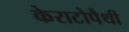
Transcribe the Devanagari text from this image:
केराटोपैथी